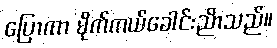
ပြောကာ မိုက်ကယ်ခေါင်းညိာသည်။